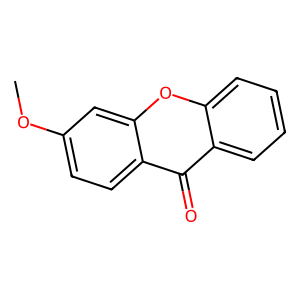
SMILES: COc1ccc2c(=O)c3ccccc3oc2c1
Inhibits HIV replication: No